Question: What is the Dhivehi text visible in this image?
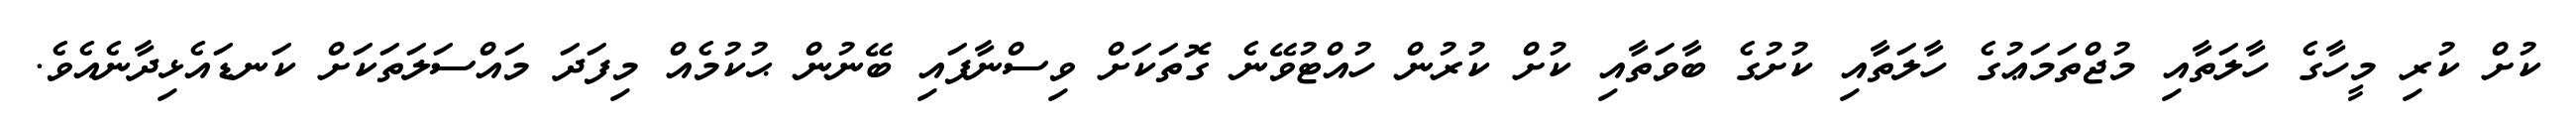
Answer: ކުށް ކުރި މީހާގެ ހާލަތާއި މުޖްތަމަޢުގެ ހާލަތާއި ކުށުގެ ބާވަތާއި ކުށް ކުރުން ހުއްޓުވޭނެ ގޮތަކަށް ވިސްނާފައި ބޭނުން ޙުކުމެއް މިފަދަ މައްސަލަތަކަށް ކަނޑައެޅިދާނެއެވެ.